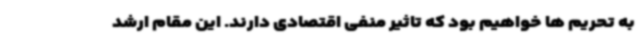
به تحریم ها خواهیم بود که تاثیر منفی اقتصادی دارند. این مقام ارشد